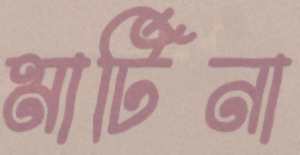
মার্টিনা